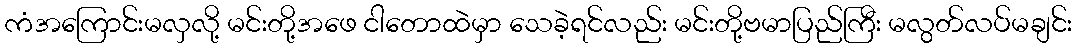
ကံအကြောင်းမလှလို့ မင်းတို့အဖေ ငါတောထဲမှာ သေခဲ့ရင်လည်း မင်းတို့ဗမာပြည်ကြီး မလွတ်လပ်မချင်း